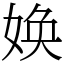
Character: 㛟